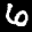
Label: 6